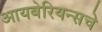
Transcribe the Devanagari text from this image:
आयबेरियन्सचे